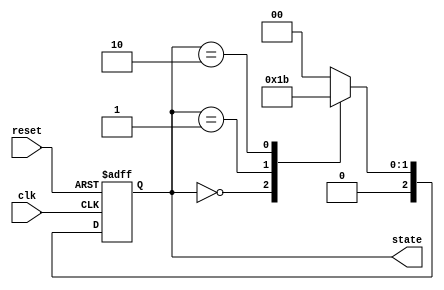
module PreConfiguredStateInitialization(
    input wire clk,           // Clock signal
    input wire reset,         // Reset signal (active high)
    output reg [2:0] state    // State output (3-bit state for this example)
);

// State encoding
localparam S0 = 3'b000;     // Initial state
localparam S1 = 3'b001;     // State 1
localparam S2 = 3'b010;     // State 2
localparam S3 = 3'b011;     // State 3
// Add more states as needed...

// State transition logic
always @(posedge clk or posedge reset) begin
    if (reset) begin
        // On reset, initialize to the predefined state
        state <= S0;         // Set to initial state
    end else begin
        // State transition logic (example)
        case (state)
            S0: state <= S1;  // Transition from S0 to S1
            S1: state <= S2;  // Transition from S1 to S2
            S2: state <= S3;  // Transition from S2 to S3
            S3: state <= S0;  // Transition from S3 back to S0
            default: state <= S0; // Default case to prevent latches
        endcase
    end
end

endmodule